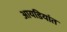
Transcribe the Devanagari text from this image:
आयडियांत